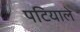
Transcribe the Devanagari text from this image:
पटियाले